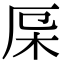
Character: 𣐃